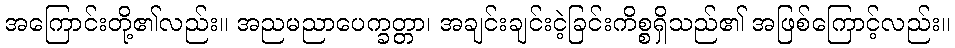
အကြောင်းတို့၏လည်း။ အညမညာပေက္ခတ္တာ၊ အချင်းချင်းငဲ့ခြင်းကိစ္စရှိသည်၏ အဖြစ်ကြောင့်လည်း။